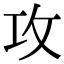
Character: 攻